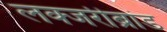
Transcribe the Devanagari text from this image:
लक्जरीब्रांड